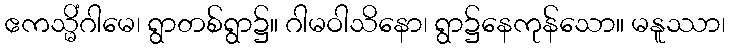
ဧကသ္မိံဂါမေ၊ ရွာတစ်ရွာ၌။ ဂါမဝါသိနော၊ ရွာ၌နေကုန်သော။ မနူဿာ၊